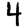
Digit: 4